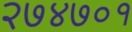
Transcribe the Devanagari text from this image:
२७४७०१